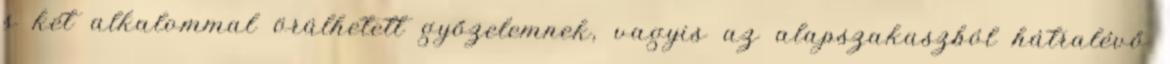
s két alkalommal örülhetett győzelemnek, vagyis az alapszakaszból hátralévő